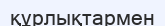
құрлықтармен